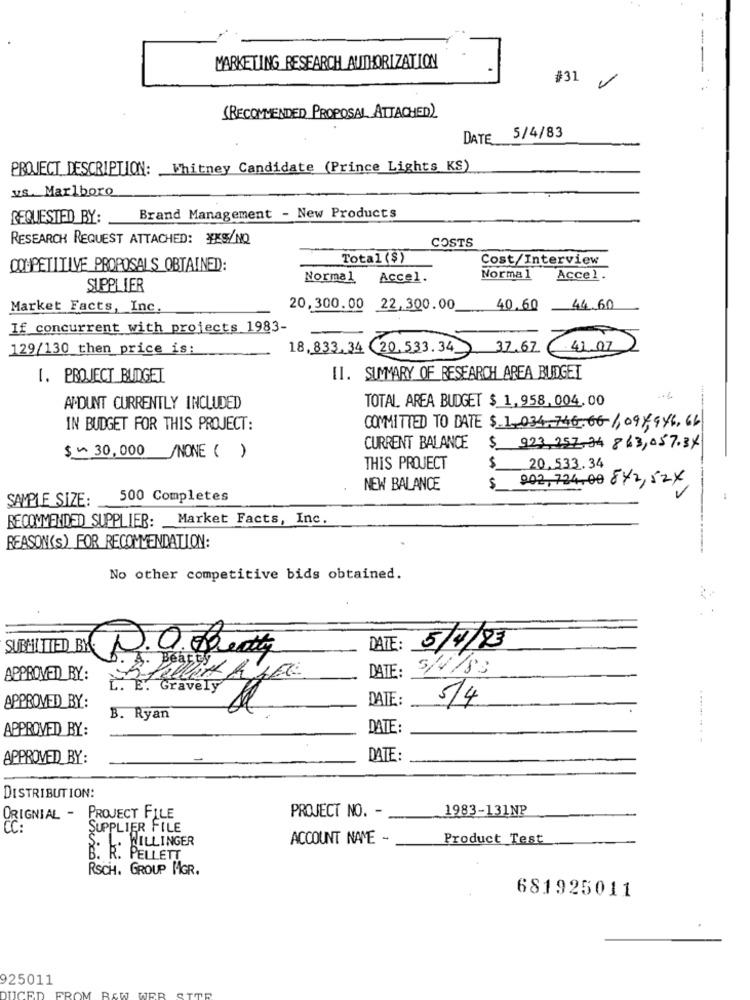
MARKETING RESEARCH AUTHORIZATION
#31
(RECOMMENDED PROPOSAL ATTACHED)
DATE 5/4/83
PROJECT DESCRIPTION: Whitney Candidate (Prince Lights KS)
vs. Marlboro
REQUESTED BY:
Brand Management - New Products
RESEARCH REQUEST ATTACHED: YES/NO
COSTS
Total ($)
Cost/Interview
COMPETITIVE PROPOSALS OBTAINED:
Normal
Accel.
Normal
Accel.
SUPPLIER
Market Facts, Inc.
20,300.00 22,300.00
40.60
44.60
If concurrent with projects 1983-
129/130 then price is:
18,833.34 20.533.34
37.67
41.07
1. PROJECT BUDGET
II. SUMMARY OF RESEARCH AREA BUDGET
TOTAL AREA BUDGET $ 1,958,004,00
AMOUNT CURRENTLY INCLUDED
IN BUDGET FOR THIS PROJECT:
COMMITTED TO DATE $ 1. 034.746.66-1, 09/ 946, 66
CURRENT BALANCE
$ 923,257-34 863,057.34
$ ~ 30,000/NONE ( )
THIS PROJECT
20,533.34
202, 724.00 872,52x
NEW BALANCE
$
SAMPLE SIZE:
500 Completes
RECOMMENDED SUPPLIER: Market Facts, Inc.
REASON(S) FOR RECOMMENDATION:
No other competitive bids obtained.
DATE:
5/4/23
SUBHITED BY D.O. Beaty
DATE:
5/4/83
APPROVED BY:
E. E. Gravely
APPROVED_BY:
DATE:
5/4
B. Ryan
APPROVED BY:
DATE:
APPROVED BY:
DATE :
DISTRIBUTION:
1983-131NP
ORIGNIAL -
PROJECT FILE
PROJECT NO. - _
CC:
SUPPLIER FILE
WILLINGER
ACCOUNT NAME -
Product Test
PELLETT
RSCH. GROUP MGR.
681925011
925011
RAW URB
UCE
FROM